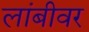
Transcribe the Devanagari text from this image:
लांबीवर